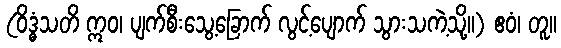
(ဝိဒ္ဓံသတိ ဣဝ၊ ပျက်စီးသွေ့ခြောက် လွင့်ပျောက် သွားသကဲ့သို့။) ဧဝံ၊ တူ။